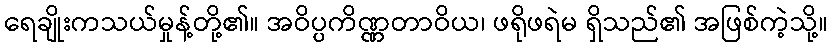
ရေချိုးကသယ်မှုန့်တို့၏။ အဝိပ္ပကိဏ္ဏတာဝိယ၊ ဖရိုဖရဲမ ရှိသည်၏ အဖြစ်ကဲ့သို့။